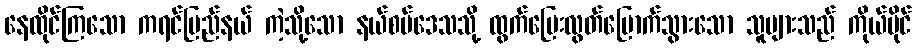
နေထိုင်ကြသော ကရင်ပြည်နယ် ကဲ့သို့သော နယ်စပ်ဒေသသို့ ထွက်ပြေးလွတ်မြောက်သွားသော သူများသည် ကိုယ်ပိုင်